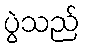
ပွဲသည်